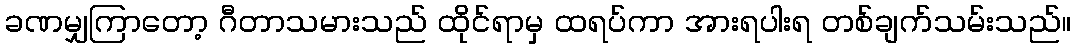
ခဏမျှကြာတော့ ဂီတာသမားသည် ထိုင်ရာမှ ထရပ်ကာ အားရပါးရ တစ်ချက်သမ်းသည်။